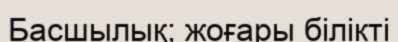
Басшылық; жоғары білікті